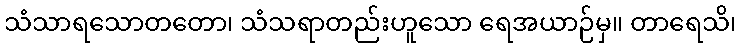
သံသာရသောတတော၊ သံသရာတည်းဟူသော ရေအယာဉ်မှ။ တာရေသိ၊